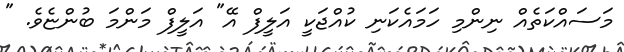
މަސައްކަތެއް ނިންމި ހަމައެކަނި ކުއްޖަކީ އަލީފް އޭ" އަލީފް މަންމަ ބުންޏެވެ. "